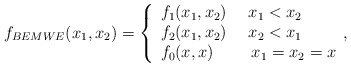
\begin{align*}f_{BEMWE}(x_{1},x_{2})=\left\{ \begin{array}{l}f_{1}(x_{1},x_{2})\ \ \ \ x_{1}<x_{2} \\ f_{2}(x_{1},x_{2})\ \ \ \ x_{2}<x_{1} \\ f_{0}(x,x)\ \ \ \ \ \ \ x_{1}=x_{2}=x\end{array},\right. \end{align*}